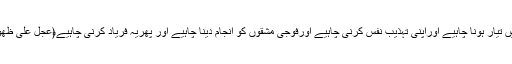
لہذا ہمیں تیار ہونا چاہیے اوراپنی تہذیب نفس کرنی چاہیے اورفوجی مشقوں کو انجام دینا چاہیے اور پھریہ فریاد کرنی چاہیے﴿عجل علی ظھورک﴾۔